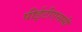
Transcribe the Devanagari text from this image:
पीईटीएससी